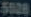
5528